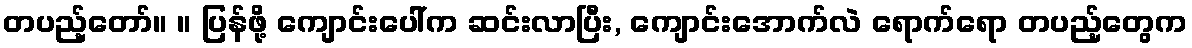
တပည့်တော်။ ။ ပြန်ဖို့ ကျောင်းပေါ်က ဆင်းလာပြီး, ကျောင်းအောက်လဲ ရောက်ရော တပည့်တွေက